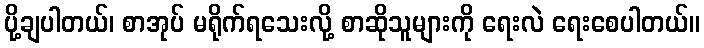
ပို့ချပါတယ်၊ စာအုပ် မရိုက်ရသေးလို့ စာဆိုသူများကို ရေးလဲ ရေးစေပါတယ်။